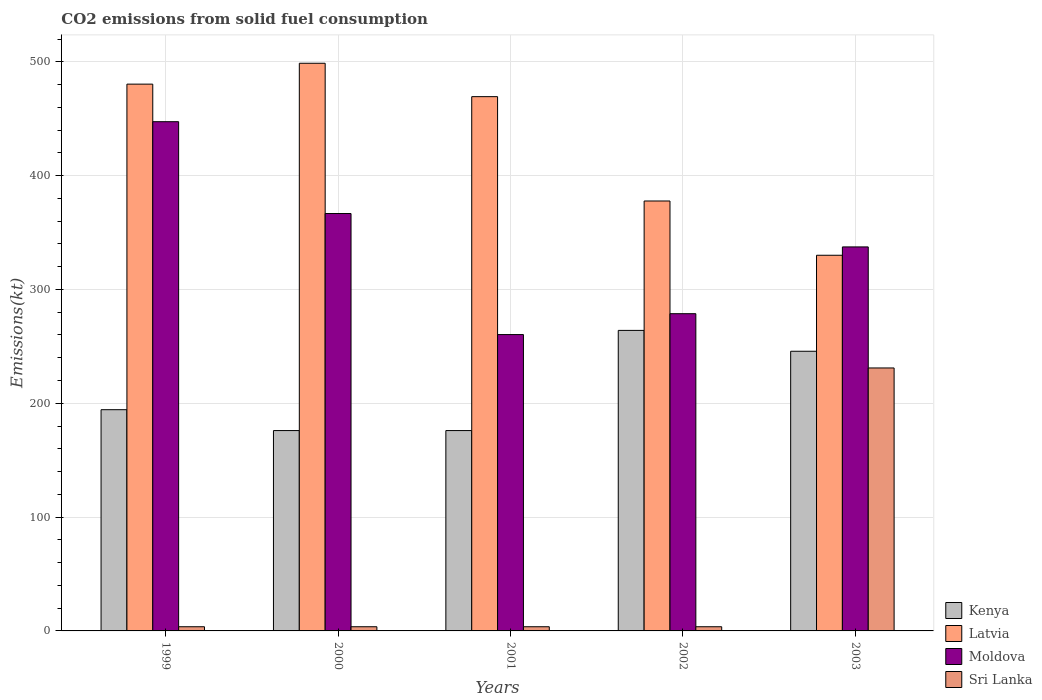
| Years | Kenya | Latvia | Moldova | Sri Lanka |
 | --- | --- | --- | --- | --- |
 | 1999 | 194 | 480 | 447 | 3.67 |
 | 2000 | 176 | 499 | 367 | 3.67 |
 | 2001 | 176 | 469 | 260 | 3.67 |
 | 2002 | 264 | 378 | 279 | 3.67 |
 | 2003 | 246 | 330 | 337 | 231 |